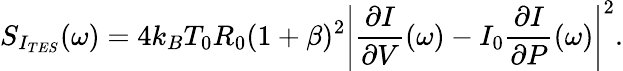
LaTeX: S_{I_{TES}}(\omega)=4k_{B}T_{0}R_{0}(1+\beta)^{2}\left|\frac{\partial I}{\partial V}(\omega)-I_{0}\frac{\partial I}{\partial P}(\omega)\right|^{2}.